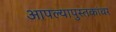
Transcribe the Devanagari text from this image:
आपल्यापुस्तकांवर